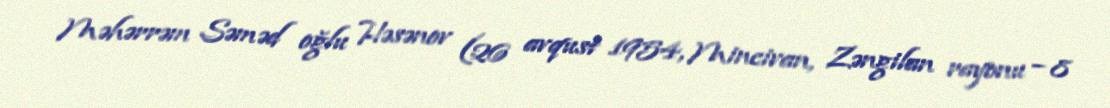
Məhərrəm Səməd oğlu Həsənov (26 avqust 1954, Mincivan, Zəngilan rayonu – 8